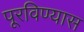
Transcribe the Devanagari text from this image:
पूरविण्यास